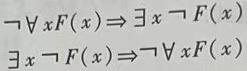
\[
\neg\forall x F(x)\Rightarrow\exists x\neg F(x)\\
\exists x\neg F(x)\Rightarrow\neg\forall x F(x)
\]